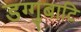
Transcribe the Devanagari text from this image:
डग्गुबाटि